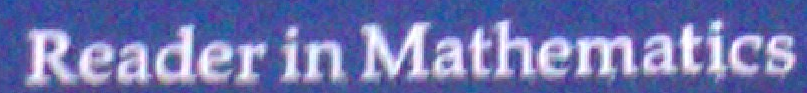
Reader in Mathematics